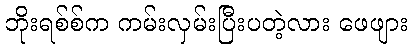
ဘိုးရစ်စ်က ကမ်းလှမ်းပြီးပတဲ့လား ဖေဖျား